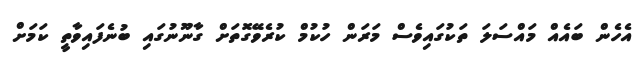
އެހެން ބައެއް މައްސަލަ ތަކުގައިވެސް މަރަން ހުކުމް ކުރެވޭގޮތަށް ގާނޫނުގައި ބުނެފައިވާތީ ކަމަށް